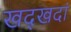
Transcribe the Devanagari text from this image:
खद्खदां